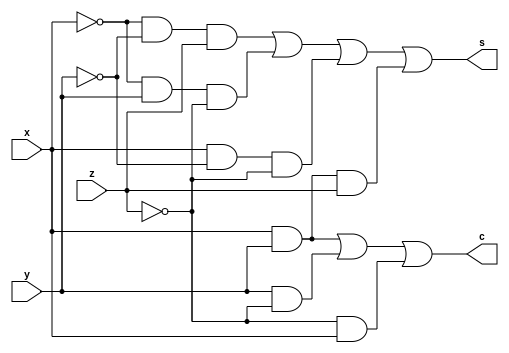
// full adder type 2 (type II' from Pezaris)
// two negated inputs
module fullAdderType2 (
    input wire x,   // negated input
    input wire y,   // negated input
    input wire z,
    output wire s,
    output wire c
    );

assign s = (~x & ~y & z) | (~x & y & ~z) | (x & ~y & ~z) | (x & y & z);
assign c = (x & y) | (y & ~z) | (~z & x);

endmodule